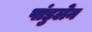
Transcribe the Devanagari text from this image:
पांडुलेन